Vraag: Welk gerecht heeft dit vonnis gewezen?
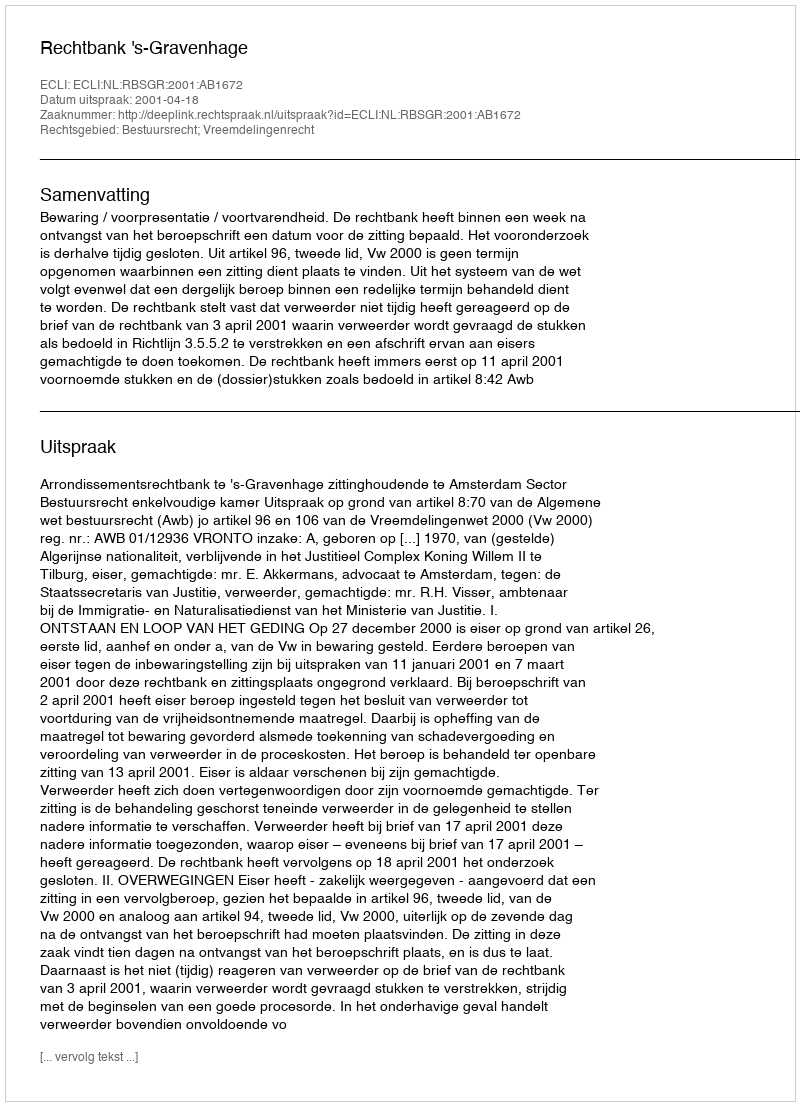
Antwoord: Rechtbank 's-Gravenhage